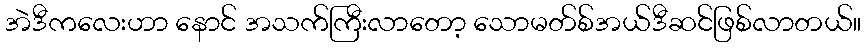
အဲဒီကလေးဟာ နောင် အသက်ကြီးလာတော့ သောမတ်စ်အယ်ဒီဆင်ဖြစ်လာတယ်။